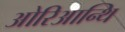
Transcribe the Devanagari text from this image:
ओरिआन्थि